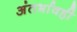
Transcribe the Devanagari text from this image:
अंतर्भावही